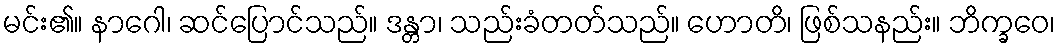
မင်း၏။ နာဂေါ၊ ဆင်ပြောင်သည်။ ဒန္တာ၊ သည်းခံတတ်သည်။ ဟောတိ၊ ဖြစ်သနည်း။ ဘိက္ခဝေ၊